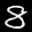
Label: 8